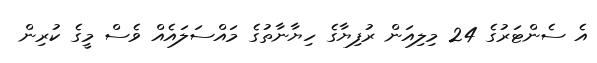
އެ ސެންޓަރުގެ 24 މިލިއަން ރުފިޔާގެ ހިޔާނާތުގެ މައްސަލައެއް ވެސް މީގެ ކުރިން